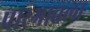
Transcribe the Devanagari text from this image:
पारगावला